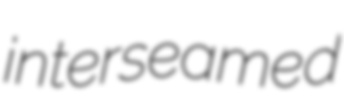
interseamed